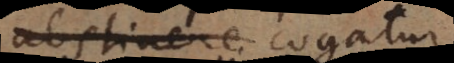
abstinere cogatur.